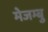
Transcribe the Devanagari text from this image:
मेजम्बु